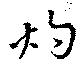
灼